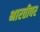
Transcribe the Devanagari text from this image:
भारतीवर